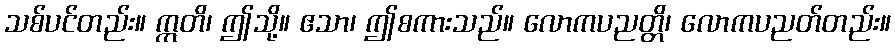
သစ်ပင်တည်း။ ဣတိ၊ ဤသို့။ ဧသာ၊ ဤစကားသည်။ လောကပညတ္တိ၊ လောကပညတ်တည်း။